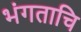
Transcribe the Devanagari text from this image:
भंगताचि